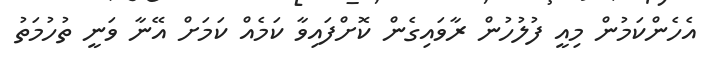
އެހެންކަމުން މިއީ ފުލުހުން ރާވައިގެން ކޮށްފައިވާ ކަމެއް ކަމަށް އޭނާ ވަނީ ތުހުމަތު